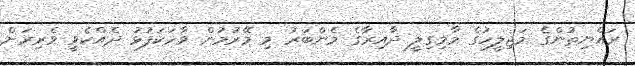
ރައްޔިތުންގެ މަޖިލީހުގެ މާމިގިލީ ދާއިރާގެ މެންބަރު މި މޭރުމުން ވާހަކަފުޅު ދެއްކެވީ ވެރިރަށް